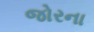
જોરના